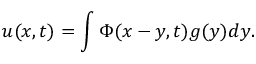
u ( x , t ) = \int \Phi ( x - y , t ) g ( y ) d y .